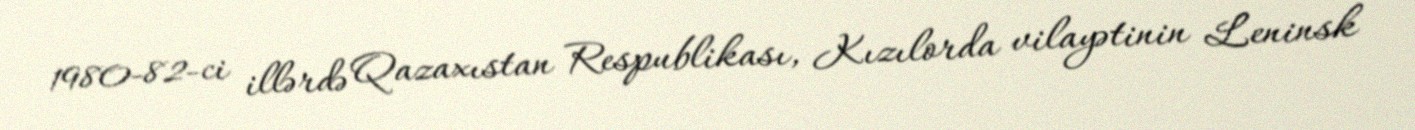
1980-82-ci illərdə Qazaxıstan Respublikası, Kızılorda vilayətinin Leninsk